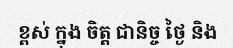
ខ្ពស់ ក្នុង ចិត្ត ជានិច្ច ថ្ងៃ និង